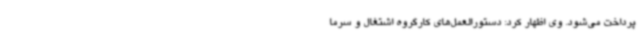
پرداخت می‌شود. وی اظهار کرد: دستورالعمل‌های کارگروه اشتغال و سرما